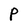
Character: P